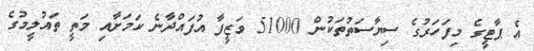
އެ ޕާޓީގެ މިފަހަރުގެ ސިޔާސަތުތަކުން 51000 ވަޒީފާ އުފައްދާނެ ކަމަށާއި މަތީ ތައުލީމުގެ